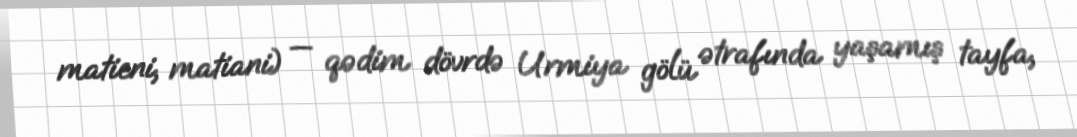
matieni, matiani) — qədim dövrdə Urmiya gölü ətrafında yaşamış tayfa,